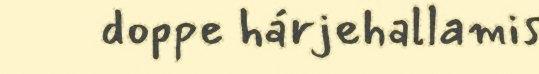
doppe hárjehallamis